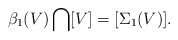
\begin{align*}\beta_1(V)\bigcap[V]=[\Sigma_1(V)].\end{align*}